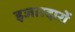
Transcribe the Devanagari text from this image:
इजारदारों